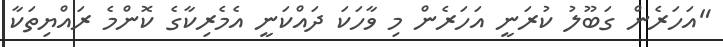
"އަހަރެން ގަބޫލު ކުރަނީ އަހަރެން މި ވާހަކަ ދައްކަނީ އެމެރިކާގެ ކޮންމެ ރައްޔިތަކާ